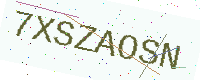
Text: 7XSZAOSN